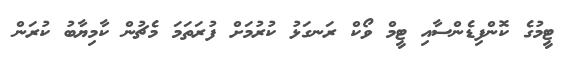
ޓީމުގެ ކޮންފިޑެންސާއި ޓީމް ވޯކް ރަނގަޅު ކުރުމަށް ފުރަތަމަ މެޗުން ކާމިޔާބު ކުރަން